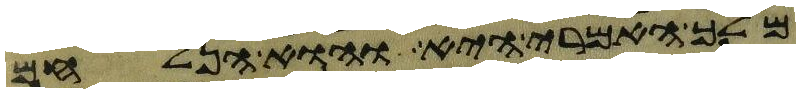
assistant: מלך האמרי היא והוא הנלחם